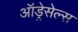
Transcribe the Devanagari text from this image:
ऑड्रेसेल्स